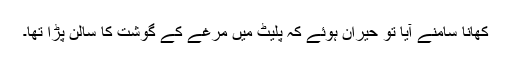
کھانا سامنے آیا تو حیران ہوئے کہ پلیٹ میں مرغے کے گوشت کا سالن پڑا تھا۔